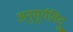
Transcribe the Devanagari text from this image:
अनुसूर्यविंदु